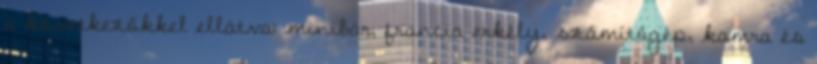
a következőkkel ellátva: minibár, francia erkély, számítógép, kamra és